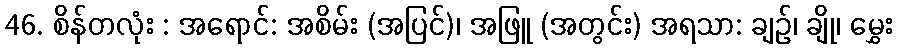
46. စိန်တလုံး : အရောင်: အစိမ်း (အပြင်)၊ အဖြူ (အတွင်း) အရသာ: ချဉ်၊ ချို၊ မွှေး